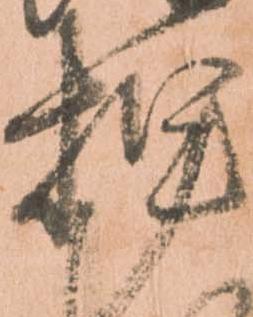
押